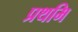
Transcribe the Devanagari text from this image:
प्रथमि